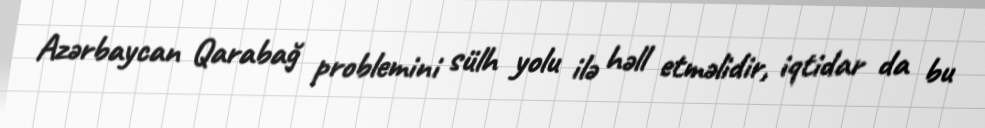
Azərbaycan Qarabağ problemini sülh yolu ilə həll etməlidir, iqtidar da bu